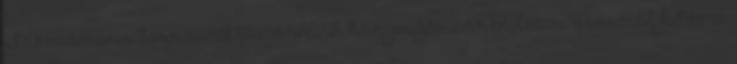
utas számára Sorround View HiFi hangsugárzó rendszer Normál futómű